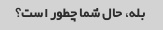
بله، حال شما چطور است؟